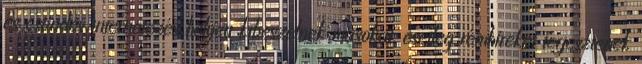
és csöndes internetezés helyett kibeszélnek másokat, esetleg rémhíreket terjesztenek